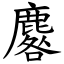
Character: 麔